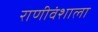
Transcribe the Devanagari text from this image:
राणीवंशाला